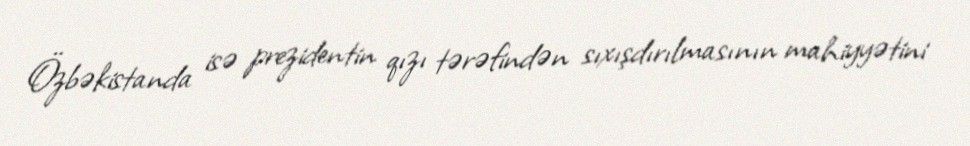
Özbəkistanda isə prezidentin qızı tərəfindən sıxışdırılmasının mahiyyətini